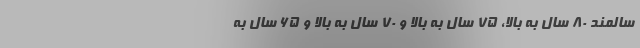
سالمند ۸۰ سال به بالا، ۷۵ سال به بالا و ۷۰ سال به بالا و ۶۵ سال به